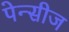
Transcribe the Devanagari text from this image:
पेन्सीज